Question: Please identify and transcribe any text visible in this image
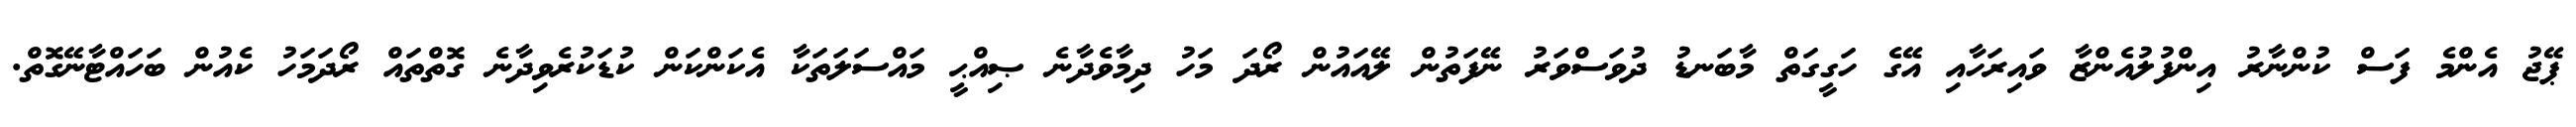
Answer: ޕޭޖު އެންމެ ފަސް ކުންނާރު އިންފުލުއެންޒާ ވައިރަހާއި އޭގެ ހަގީގަތް މާބަނޑު ދުވަސްވަރު ނޭފަތުން ލޭއައުން ރޯދަ މަހު ދިމާވެދާނެ ޞިއްޙީ މައްސަލަތަކާ އެކަންކަން ކުޑަކުރެވިދާނެ ގޮތްތައް ރޯދަމަހު ކެއުން ބަހައްޓާނޭގޮތް.